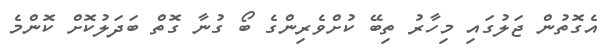
އެގޮތުން ޖަލުގައި މިހާރު ތިބޭ ކުށްވެރިންގެ ބޯ ގުނާ ގޮތް ބަދަލުކޮށް ކޮންމެ